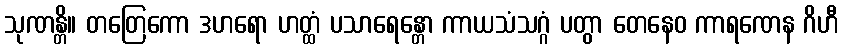
သုဏန္တိ။ တတြေကော ဒဟရော ဟတ္ထံ ပသာရေန္တော ကာယသံသဂ္ဂံ ပတွာ တေနေဝ ကာရဏေန ဂိဟီ